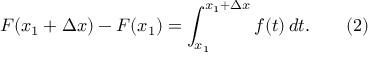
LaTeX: F ( x _ { 1 } + \Delta x ) - F ( x _ { 1 } ) = \int _ { x _ { 1 } } ^ { x _ { 1 } + \Delta x } f ( t ) \, d t . \qquad ( 2 )